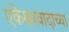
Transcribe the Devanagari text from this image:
एकेश्वरवादाच्या